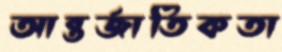
আন্তর্জাতিকতা